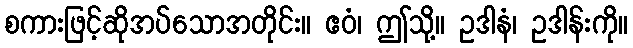
စကားဖြင့်ဆိုအပ်သောအတိုင်း။ ဧဝံ၊ ဤသို့။ ဥဒါနံ၊ ဥဒါန်းကို။